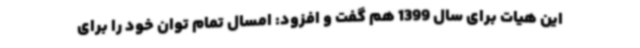
این هیات برای سال 1399 هم گفت و افزود: امسال تمام توان خود را برای